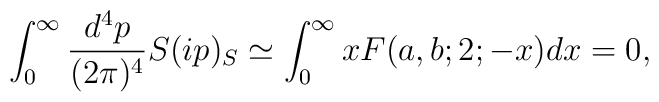
\int_{0}^{\infty}\frac{d^{4}p}{(2\pi)^{4}}S(ip)_{S}\simeq\int_{0}^{\infty}xF(a,b;2;-x)dx=0,